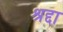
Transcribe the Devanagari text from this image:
श्रद्दा